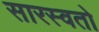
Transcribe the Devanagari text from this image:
सारस्वतो